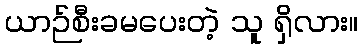
ယာဉ်စီးခမပေးတဲ့ သူ ရှိလား။